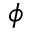
\phi